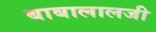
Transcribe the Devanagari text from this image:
बाबालालजी